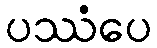
ပဿံပေ